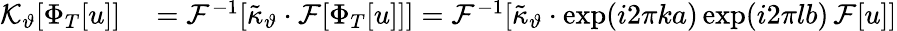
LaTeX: \begin{array}{rl}{\mathcal{K}_{\vartheta}[\Phi_{T}[u]]}&{{}=\mathcal{F}^{-1}[\tilde{\kappa}_{\vartheta}\cdot\mathcal{F}[\Phi_{T}[u]]]=\mathcal{F}^{-1}[\tilde{\kappa}_{\vartheta}\cdot\exp(i2\pi ka)\exp(i2\pi lb)\, \mathcal{F}[u]]}\end{array}